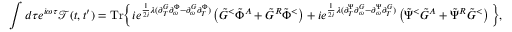
\int d \tau e ^ { i \omega \tau } \mathcal { T } ( t , t ^ { \prime } ) = \mathrm { T r } \Big \{ i e ^ { \frac { 1 } { 2 i } \lambda ( \partial _ { T } ^ { G } \partial _ { \omega } ^ { \Phi } - \partial _ { \omega } ^ { G } \partial _ { T } ^ { \Phi } ) } \left( \tilde { G } ^ { < } \tilde { \Phi } ^ { A } + \tilde { G } ^ { R } \tilde { \Phi } ^ { < } \right) + i e ^ { \frac { 1 } { 2 i } \lambda ( \partial _ { T } ^ { \Psi } \partial _ { \omega } ^ { G } - \partial _ { \omega } ^ { \Psi } \partial _ { T } ^ { G } ) } \left( \tilde { \Psi } ^ { < } \tilde { G } ^ { A } + \tilde { \Psi } ^ { R } \tilde { G } ^ { < } \right) \Big \} ,